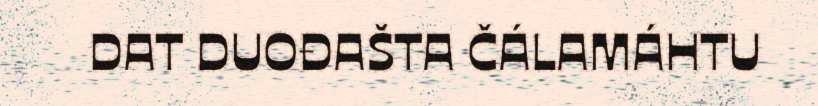
DAT DUOĐAŠTA ČÁLAMÁHTU